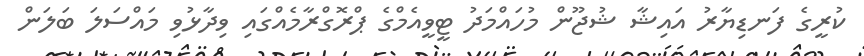
ކުރީގެ ފަނޑިޔާރު އައިޝާ ޝުޖޫން މުހައްމަދު ޓީވީއެމްގެ ޕްރޮގްރާމެއްގައި ވިދާޅުވި މައްސަލަ ބަލަން